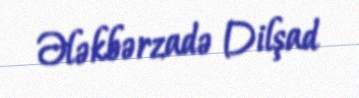
Ələkbərzadə Dilşad